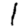
Digit: 1